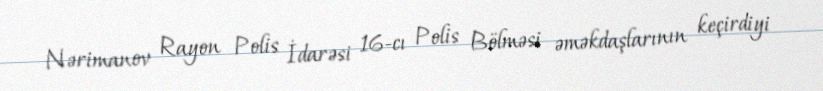
Nərimanov Rayon Polis İdarəsi 16-cı Polis Bölməsi əməkdaşlarının keçirdiyi